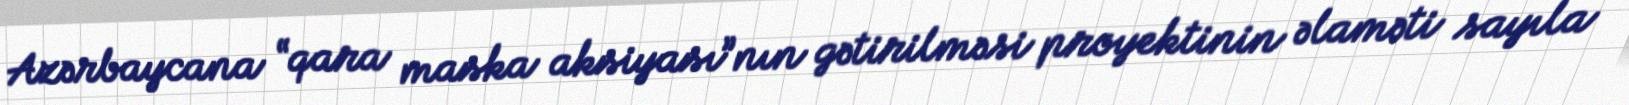
Azərbaycana “qara maska aksiyası”nın gətirilməsi proyektinin əlaməti sayıla